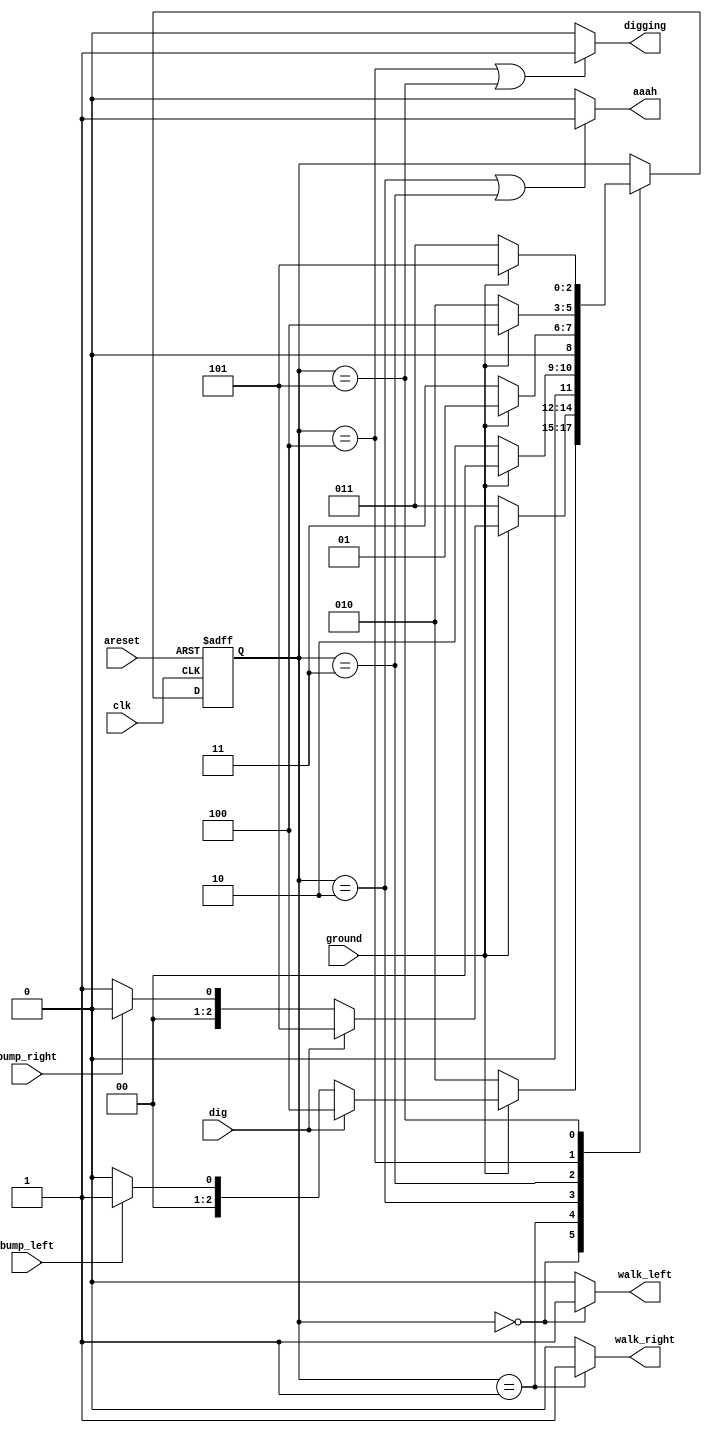
module top_module(
    input clk,
    input areset,    // Freshly brainwashed Lemmings walk left.
    input bump_left,
    input bump_right,
    input ground,
    input dig,
    output walk_left,
    output walk_right,
    output aaah,
    output digging ); 

    parameter LEFT=0, RIGHT=1, FALL_L=2, FALL_R=3, DIG_L=4, DIG_R=5;
    reg [2:0] PS, NS;
    
    assign walk_left = (PS == LEFT)? 1:0;
    assign walk_right = (PS == RIGHT)? 1:0;
    assign aaah = ((PS == FALL_L) | (PS == FALL_R))? 1:0;
    assign digging = ((PS == DIG_L) | (PS == DIG_R))? 1:0;
    
    always @(posedge clk, posedge areset)
        if(areset)
            PS <= LEFT;
    	else
            PS <= NS;
    
    always @(*)
        case(PS)
            LEFT:begin
                if(~ground)
                    NS <= FALL_L;
                else if(dig)
                    NS <= DIG_L;
                else if(bump_left)
                    NS <= RIGHT;
                else
                    NS <= LEFT;
            end
            RIGHT:begin
                if(~ground)
                    NS <= FALL_R;
                else if(dig)
                    NS <= DIG_R;
                else if(bump_right)
                    NS <= LEFT;
                else
                    NS <= RIGHT;
            end
            FALL_L:begin
                if(~ground)
                    NS <= FALL_L;
                else
                    NS <= LEFT;
            end
            FALL_R:begin
                if(~ground)
                    NS <= FALL_R;
                else
                    NS <= RIGHT;
            end
            DIG_L:begin
                if(~ground)
                    NS <= FALL_L;
                else
                    NS <= DIG_L;
            end
            DIG_R:begin
                if(~ground)
                    NS <= FALL_R;
                else
                    NS <= DIG_R;
            end
            default: NS <= PS;
        endcase            
        
endmodule